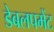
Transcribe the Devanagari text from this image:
डेबलपमेंट